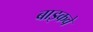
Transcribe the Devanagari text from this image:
बाइकवे